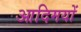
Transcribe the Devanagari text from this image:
आदिमयों